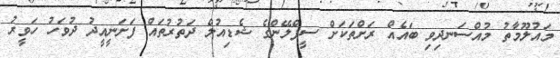
މައުލޫމާތު މުއްސަނދިވި ބައެއް ރަށްތަކަށް ސީޕްލޭންގެ ޝެޑިއުލް ދަތުރުތައް ފަށަނީއީދު ދުވަހު ހަވީރު